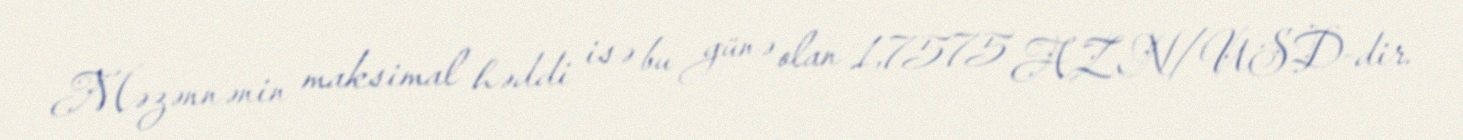
Məzənnənin maksimal həddi isə bu günə olan 1,7575 AZN/USD-dir.